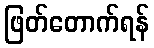
ဖြတ်တောက်ရန်